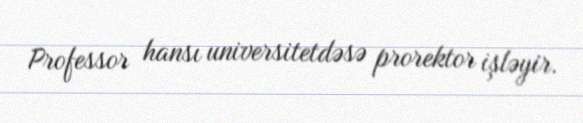
Professor hansı universitetdəsə prorektor işləyir.